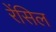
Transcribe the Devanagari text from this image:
रेंसिल